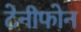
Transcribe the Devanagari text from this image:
टेनीफोन